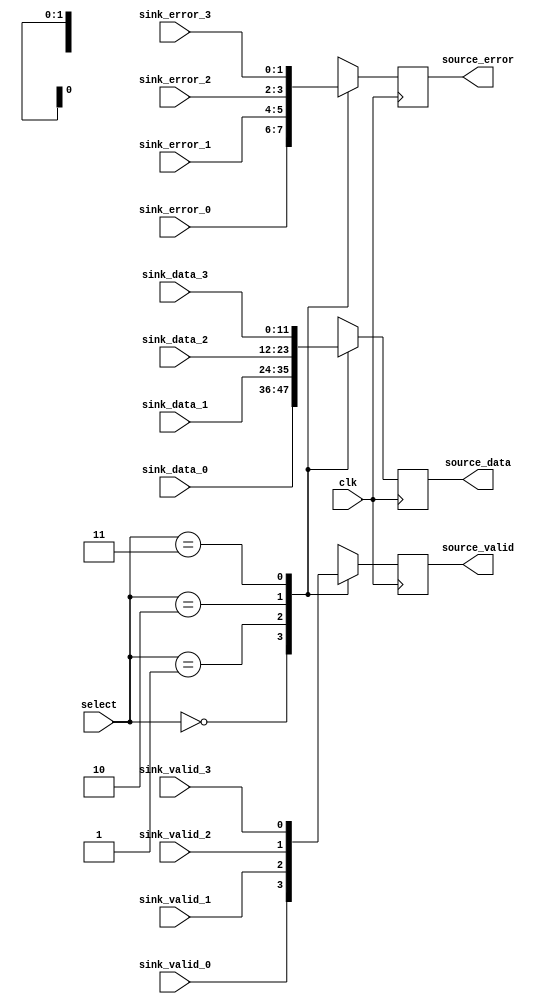
//
// Copyright (c) 2015 Thomas R. Murphy and Case Western Reserve University
// All Rights Reserved
//
// Developed by Thomas Russell Murphy (trm70) during employment as teaching
// assistant of EECS 301 at CWRU.
//
// THIS SOFTWARE IS PROVIDED BY THE COPYRIGHT HOLDERS AND CONTRIBUTORS ``AS IS''
// AND ANY EXPRESS OR IMPLIED WARRANTIES, INCLUDING, BUT NOT LIMITED TO, THE
// IMPLIED WARRANTIES OF MERCHANTABILITY AND FITNESS FOR A PARTICULAR PURPOSE ARE
// DISCLAIMED. IN NO EVENT SHALL THE COPYRIGHT HOLDER OR CONTRIBUTORS BE LIABLE FOR
// ANY DIRECT, INDIRECT, INCIDENTAL, SPECIAL, EXEMPLARY, OR CONSEQUENTIAL DAMAGES
// (INCLUDING, BUT NOT LIMITED TO, PROCUREMENT OF SUBSTITUTE GOODS OR SERVICES;
// LOSS OF USE, DATA, OR PROFITS; OR BUSINESS INTERRUPTION) HOWEVER CAUSED AND ON
// ANY THEORY OF LIABILITY, WHETHER IN CONTRACT, STRICT LIABILITY, OR TORT
// (INCLUDING NEGLIGENCE OR OTHERWISE) ARISING IN ANY WAY OUT OF THE USE OF THIS
// SOFTWARE, EVEN IF ADVISED OF THE POSSIBILITY OF SUCH DAMAGE.
//

module avalon_io12_4_switcher( clk, select,
                               sink_data_0, sink_valid_0, sink_error_0,
                               sink_data_1, sink_valid_1, sink_error_1,
                               sink_data_2, sink_valid_2, sink_error_2,
                               sink_data_3, sink_valid_3, sink_error_3,
                               source_data, source_valid, source_error );

input wire clk;
input wire [ 1: 0 ] select;

input wire [ 11: 0 ] sink_data_0, sink_data_1, sink_data_2, sink_data_3;
input wire sink_valid_0, sink_valid_1, sink_valid_2, sink_valid_3;
input wire [ 1: 0 ] sink_error_0, sink_error_1, sink_error_2, sink_error_3;

output reg [ 11: 0 ] source_data;
output reg source_valid;
output reg [ 1: 0 ] source_error;

// Mux between the four input Avalon data sinks
always @( posedge clk ) begin
    case ( select )
        2'b00 : begin
            source_data <= sink_data_0;
            source_valid <= sink_valid_0;
            source_error <= sink_error_0;
        end
        2'b01 : begin
            source_data <= sink_data_1;
            source_valid <= sink_valid_1;
            source_error <= sink_error_1;
        end
        2'b10 : begin
            source_data <= sink_data_2;
            source_valid <= sink_valid_2;
            source_error <= sink_error_2;
        end
        2'b11 : begin
            source_data <= sink_data_3;
            source_valid <= sink_valid_3;
            source_error <= sink_error_3;
        end
        default: begin
            source_data <= sink_data_0;
            source_valid <= sink_valid_0;
            source_error <= sink_error_0;
        end
    endcase
end

endmodule